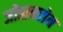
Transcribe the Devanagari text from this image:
जोहानसेन